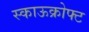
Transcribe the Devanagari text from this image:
स्काऊक्रोफ्ट